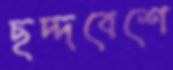
ছদ্দবেশে